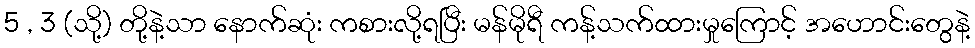
5 , 3 (သို့) တို့နဲ့သာ နောက်ဆုံး ကစားလို့ရပြီး မန်မိုရီ ကန့်သက်ထားမှုကြောင့် အဟောင်းတွေနဲ့